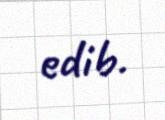
edib.